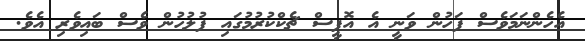
އެހެންނަމަވެސް ފަހުން ވަނީ އެ އޮފީސް ޗެކްކުރުމުގައި ފުލުހުން ވެސް ބައިވެރި އެވެ.